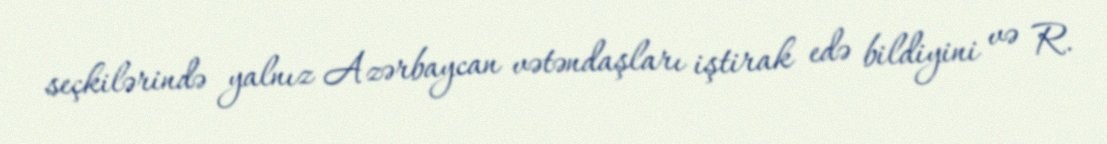
seçkilərində yalnız Azərbaycan vətəndaşları iştirak edə bildiyini və R.